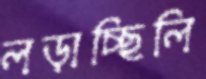
লড়াচ্ছিলি